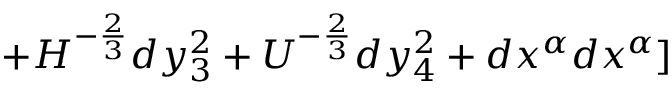
+ H ^ { - { \frac { 2 } { 3 } } } d y _ { 3 } ^ { 2 } + U ^ { - { \frac { 2 } { 3 } } } d y _ { 4 } ^ { 2 } + d x ^ { \alpha } d x ^ { \alpha } ]